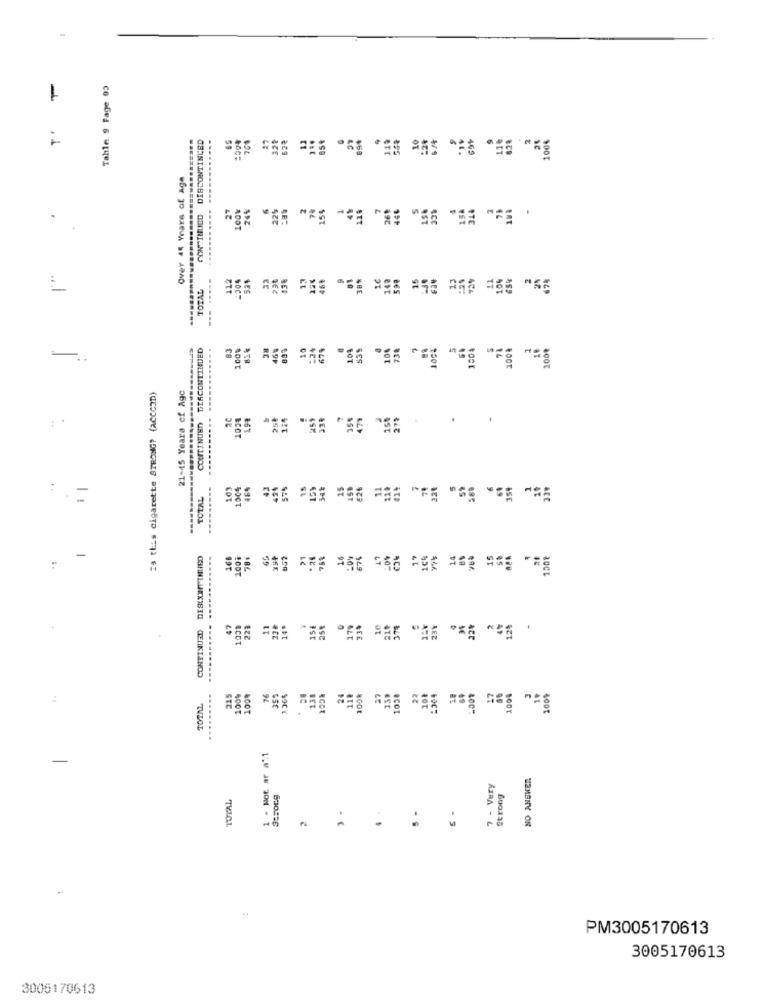
1
Tahle 9 Fage 03
769
52ª
100%
CONTINUED DISCONTINUED
Over 45 Years of Age
27
24%
22%
100%
15%
.
112
=304
33
13
469
142
599
TOTAL
38%
DISCONTINUED
----...
38
:24
874
108
100
736
100%
100%
100%
100%
is this cigarette STRONG? (accCID)
21-45 Years of Age
CONTINUED
198
25₺
124
259
258
478
278
-
.
:
150%
42
424
575
159
TOTAL
.=
-
CONTINUED DESIXIFIHNED
168
100%
62
21
*26
16
676
---
47
22ª
11
14.
154
25%
179
339
10
379
23%
22%
12%
17
.........
215
100%
100%
76
359
238
118
27
138
22
201
1004
1009
TOTAL
4,00€
1 . Hot ar a".1
NO ANSWER
7 - Very
Strong
TOTAL
Strong
-
PM3005170613
3005170613
3006170613